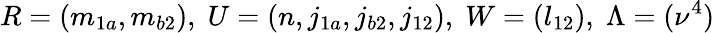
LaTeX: R=(m_{1a},m_{b2}),\; U=(n,j_{1a},j_{b2},j_{12}),\; W=(l_{12}),\; \Lambda=(\nu^{4})